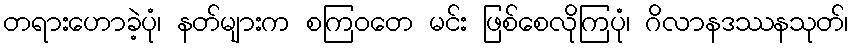
တရားဟောခဲ့ပုံ၊ နတ်များက စကြဝတေ မင်း ဖြစ်စေလိုကြပုံ၊ ဂိလာနဒဿနသုတ်၊